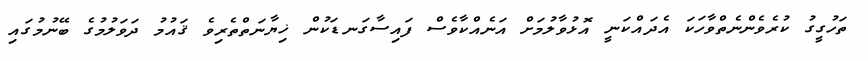
ތަހުގީގު ކުރެވެންނެތްވާހަކަ އެދައްކަނީ އޮޅުވާލުމަށް އަނެއްކާވެސް ފައިސާގަނޑަކުން ޚިޔާނަތްތެރިވެ ޤައުމު ދަވަލުމުގެ ބޭނުމުގައި